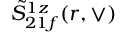
\tilde { S } _ { 2 1 f } ^ { 1 z } ( r , \vee )